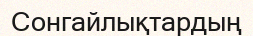
Сонгайлықтардың